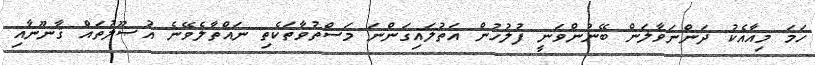
ހަމަ މިއާއެކު ދަންނަވާލަން ބޭނުންވަނީ ފުލުހުން އަތުލައިގަންނަ މަސްތުވާތަކެތި ނައްތާލެވޭނެ އުޞޫލުތައް ޤާނޫނާއި